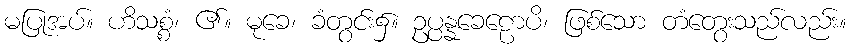
မပြုအပ်။ ဟိသစ္စံ၊ ၏။ မုခေ၊ ခံတွင်း၌။ ဥပ္ပန္နခေဠောပိ၊ ဖြစ်သော တံတွေးသည်လည်း။